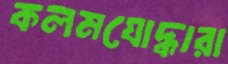
কলমযোদ্ধারা